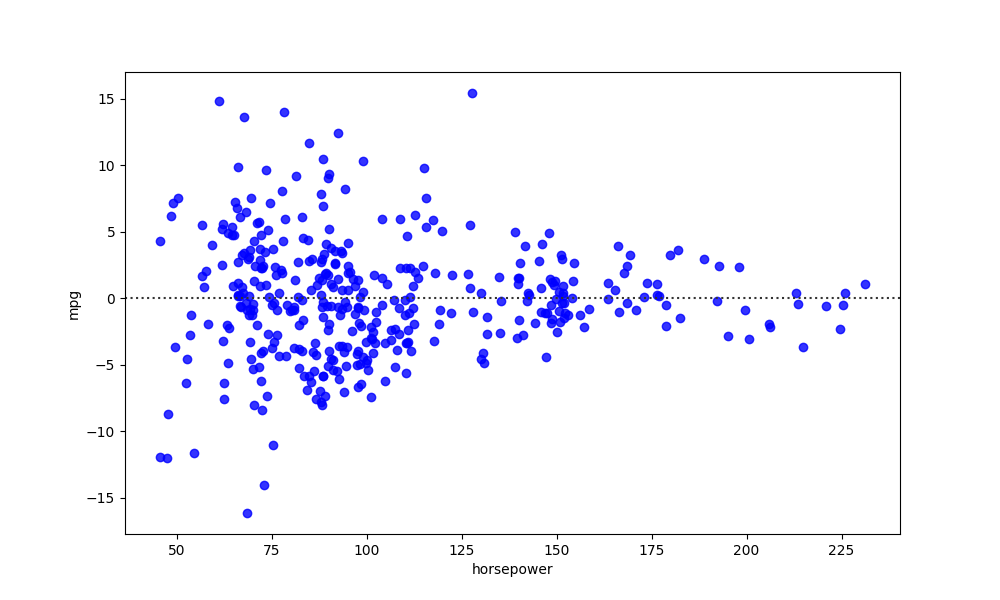
python, seaborn, residplot, lowess=False, scatter_color=blue